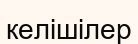
келішілер